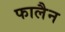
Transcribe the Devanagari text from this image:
फालैन